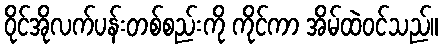
ဝိုင်အိုလက်ပန်းတစ်စည်းကို ကိုင်ကာ အိမ်ထဲဝင်သည်။